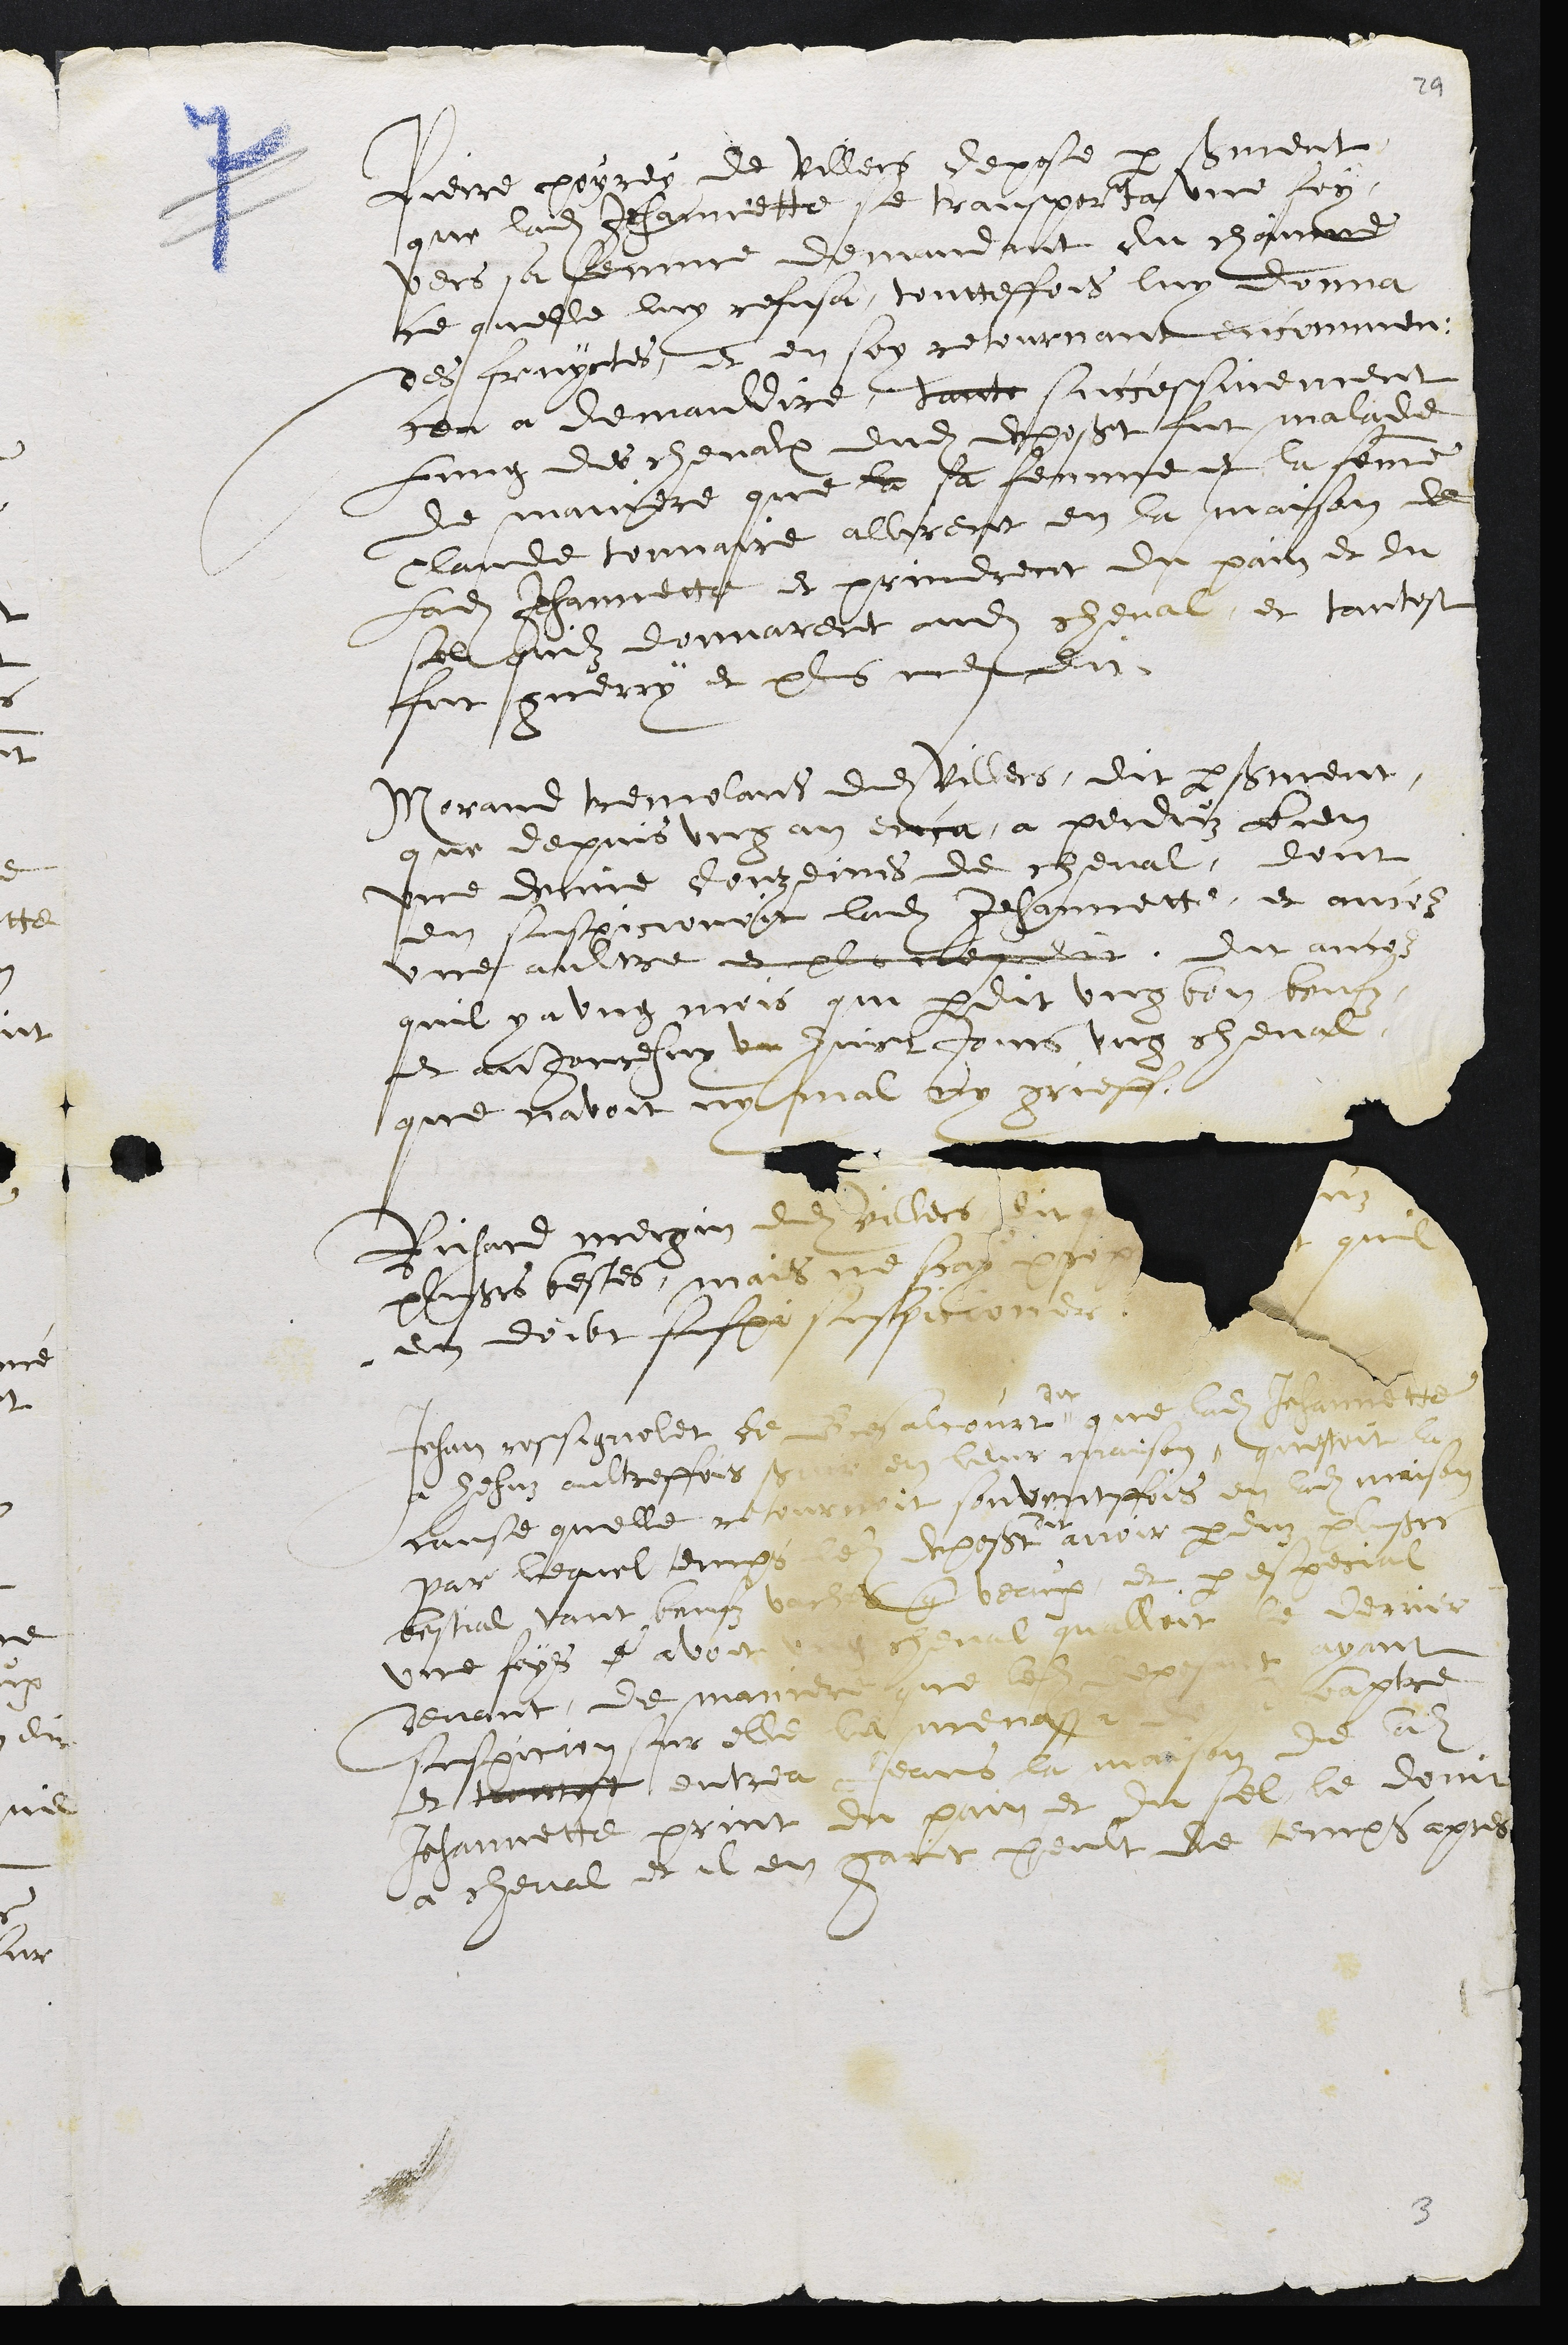
Pierre poyres de Villech depose par soument
que ladite Jehannette se trampporta une lon
vers sa femme demndant du chamme
ce quelle luy refusa, touttefois luy donna
des fruyctes, et en son retournant encommen-
ceu a demaudire, hant surccessunement
Lung des chevalx dudit deposant fut malade
de mandere que la sa femme t la femme
lande tounatre allirent en la maison de
Ladite Jehannette et prindrent du pain et du
sel quilz donnarent audit cheval, et tantost
fut guery et plus men dit
Morand tremolard dudit Villers, dit par sement,
que depuis ung an enca a perduz bien
une domne douzemes de cheval, dont
en suspicionoit ladite Jehannette, et ancoz
une autre et pluttent. dit ancys
quil y a ung mois qui perdit ung bon beus
#t aujourehuy un juict Jours ung cheval,
que lavoit ne fal ny griess
Fiihard Megan de Vilere oi Asn
plisoeur testes, mais ne sont aro cu
en doibt fafpa, nuspic oner
7u
que ladite Jerttte
Jeh l fer d epason, cnsl
cause quelle repausoit ssuvenitffois on lu maison
dit
avoir parden Custre
R    Sa d d
une foys p avoit crrele quilloit dlernir
devant de manrer due Illes s puit
suspicion sr elle la monayele. Cxtre
et tenoit entrea fans et marten de ladite
Jehannete, print du pain et tu sel le donnt
a cheval et il en gare peult de temps apres